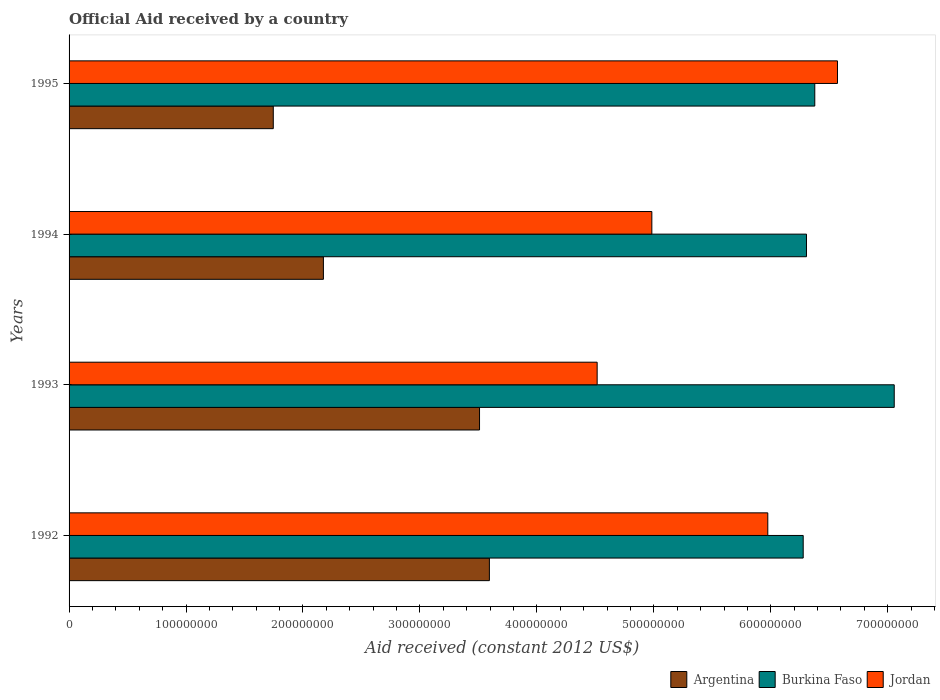
| Years | Argentina | Burkina Faso | Jordan |
 | --- | --- | --- | --- |
 | 1992 | 3.59e+08 | 6.28e+08 | 5.97e+08 |
 | 1993 | 3.51e+08 | 7.06e+08 | 4.52e+08 |
 | 1994 | 2.17e+08 | 6.31e+08 | 4.98e+08 |
 | 1995 | 1.75e+08 | 6.38e+08 | 6.57e+08 |